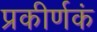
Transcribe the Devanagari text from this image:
प्रकीर्णकं